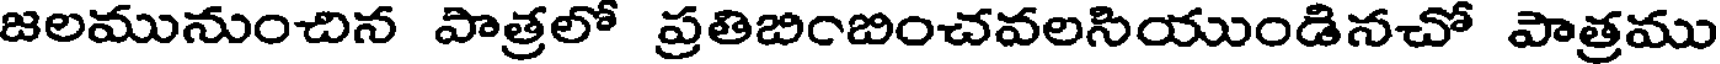
జలమునుంచిన పాత్రలో ప్రతిబింబించవలసియుండినచో పాత్రము